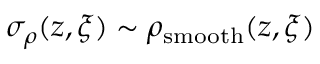
\sigma _ { \rho } ( z , \boldsymbol { \xi } ) \sim \rho _ { \mathrm { s m o o t h } } ( z , \boldsymbol { \xi } )